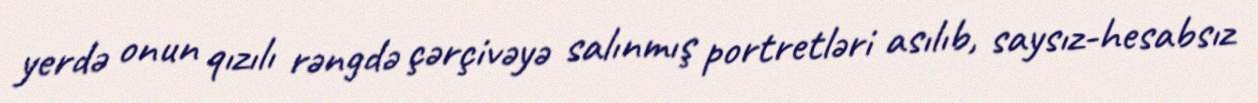
yerdə onun qızılı rəngdə çərçivəyə salınmış portretləri asılıb, saysız-hesabsız